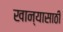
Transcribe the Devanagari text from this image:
खान्यासाठी